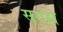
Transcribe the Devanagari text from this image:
सरांहा